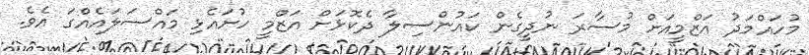
މުހައްމަދު އަޒްމީއަށް މުސާރަ ނުދީގެން ކައުންސިލާ ދެކޮޅަށް އަޒްމީ ހުށައެޅި މައްސަލައެއްގަ އެވެ.